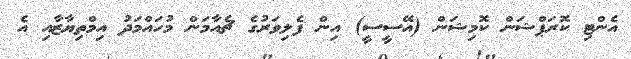
އެންޓި ކޮރަޕްޝަން ކޮމިޝަން (އޭސީސީ) އިން ފެލިވަރުގެ ޗެއާމަން މުހައްމަދު އިމްތިޔާޒާއި އެ